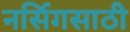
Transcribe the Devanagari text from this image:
नर्सिगसाठी